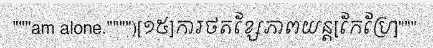
"""am alone."""")[១៥]ការថតខ្សែភាពយន្ត[កែប្រែ]"""